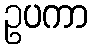
ဥပကာ